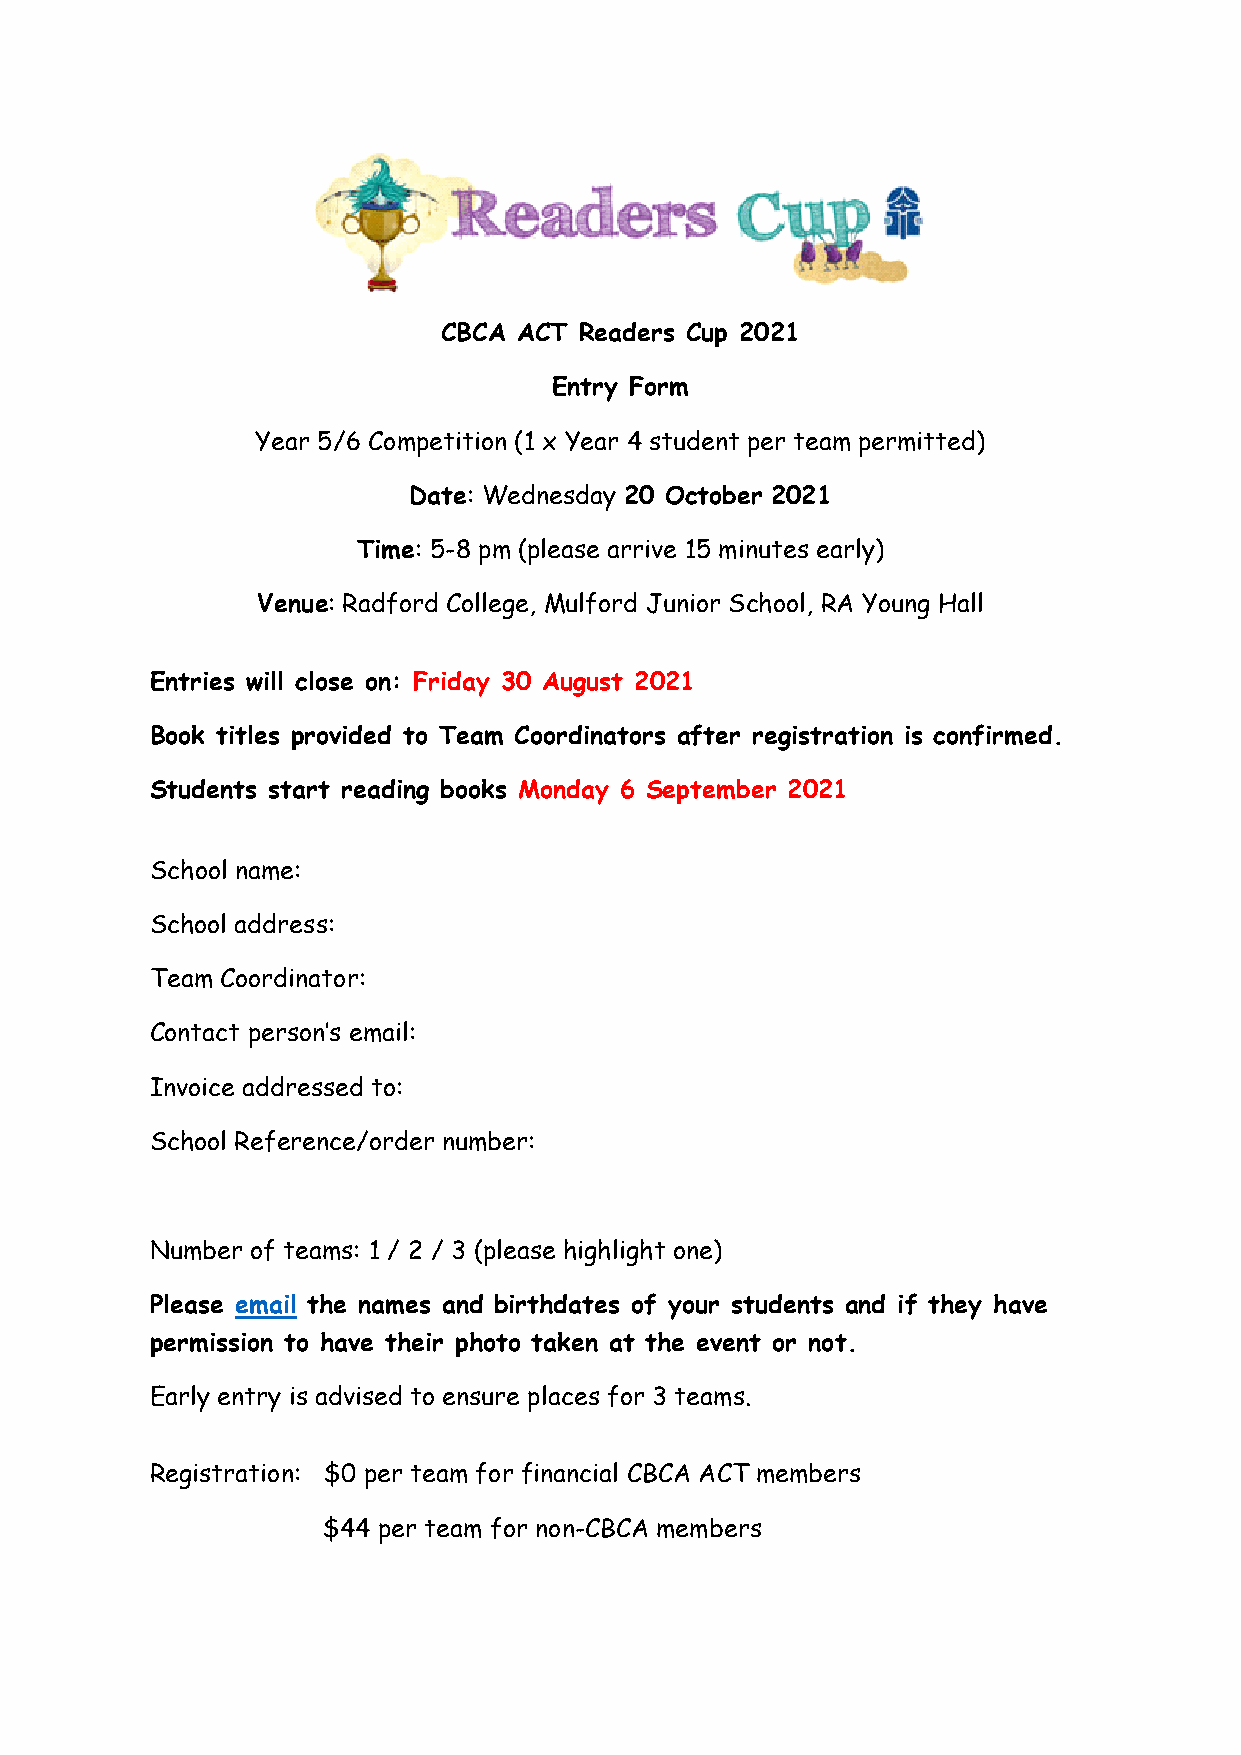
CBCA ACT Readers Cup 2021
 Entry Form
 Year 5/6 Competition (1 x Year 4 student per team permitted)
 Date: Wednesday 20 October 2021
 Time: 5-8 pm (please arrive 15 minutes early)
 Venue: Radford College, Mulford Junior School, RA Young Hall
 Entries will close on: Friday 30 August 2021
 Book titles provided to Team Coordinators after registration is confirmed.
 Students start reading books Monday 6 September 2021
 School name:
 School address:
 Team Coordinator:
 Contact person’s email:
 Invoice addressed to:
 School Reference/order number:
 Number of teams: 1 / 2 / 3 (please highlight one)
 Please email the names and birthdates of your students and if they have
 permission to have their photo taken at the event or not.
 Early entry is advised to ensure places for 3 teams.
 Registration: $0 per team for financial CBCA ACT members
 $44 per team for non-CBCA members